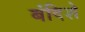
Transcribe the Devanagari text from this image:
बंदिशे